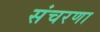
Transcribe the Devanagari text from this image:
संचरणा